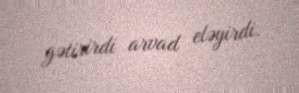
gətirirdi arvad eləyirdi.